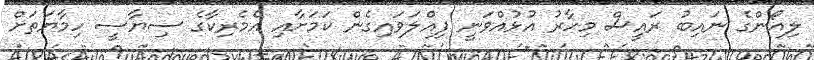
ލިއޯންގެ ނައިބު ރައީސް މިހާރު އުޅުއްވަނީ ފިއްލަވައިގެން ކަމަށާއި އެމެރިކާގެ ސިޔާސީ ހިމާޔަތަށް